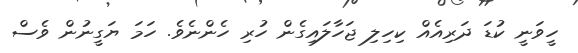
ހީވަނީ ކުޑަ ދަރިއެއް ކިހިލި ޖަހާލައިގެން ހުރި ހެންނެވެ. ހަމަ ޔަގީނުން ވެސް